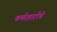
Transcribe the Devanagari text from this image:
कर्मरहाटीचे